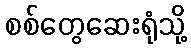
စစ်တွေဆေးရုံသို့